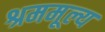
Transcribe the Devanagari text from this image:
श्रममूल्य